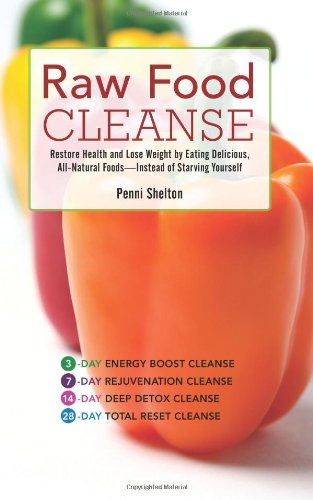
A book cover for Raw Food Cleanse: Restore Health and Lose Weight by Eating Delicious, All-Natural Foods EE Instead of Starving Yourself; Penni Shelton; Health, Fitness & Dieting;